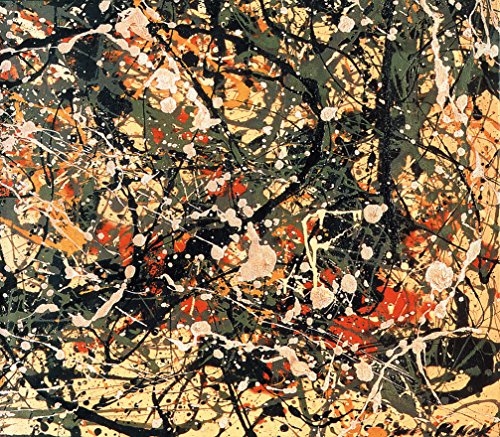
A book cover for Jackson Pollock; Ellen G. Landau; Arts & Photography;